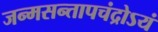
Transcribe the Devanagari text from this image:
जन्मसन्तापचंद्रोऽयं